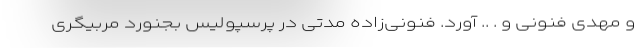
و مهدی فنونی و . .. آورد. فنونی‌زاده مدتی در پرسپولیس بجنورد مربیگری